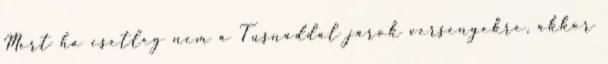
Mert ha esetleg nem a Tusnaddal járok versenyekre, akkor